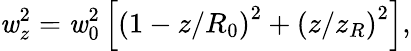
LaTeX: \mathit{w}_{z}^{2}=\mathit{w}_{0}^{2}\left[\left(1-z/R_{0}\right)^{2}+\left(z/z_{R}\right)^{2}\right],